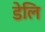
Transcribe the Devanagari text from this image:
डेलि